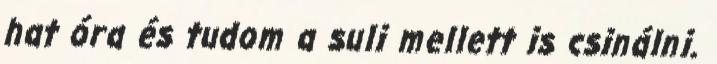
hat óra és tudom a suli mellett is csinálni.